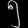
Digit: ၅